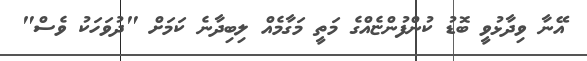
އޭނާ ވިދާޅުވީ ބޮޑު ކުންފުންޏެއްގެ މަތީ މަގާމެއް ލިބިދާނެ ކަމަށް "ދުވަހަކު ވެސް"